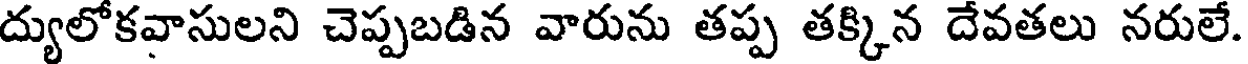
ద్యులోకవాసులని చెప్పబడిన వారును తప్ప తక్కిన దేవతలు నరులే.